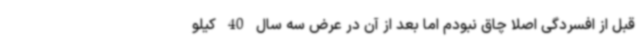
قبل از افسردگی اصلاً چاق نبودم اما بعد از آن در عرض سه سال 40 کیلو